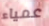
عمياء